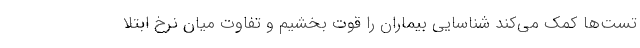
تست‌ها کمک می‌کند شناسایی بیماران را قوت بخشیم و تفاوت میان نرخ ابتلا